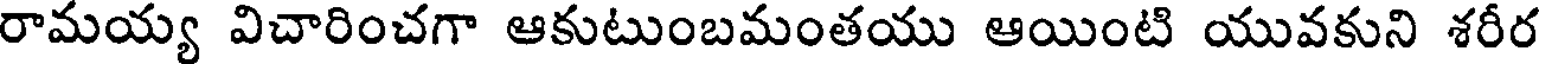
రామయ్య విచారించగా ఆకుటుంబమంతయు ఆయింటి యువకుని శరీర